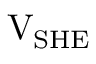
\mathrm { V } _ { \mathrm { S H E } }